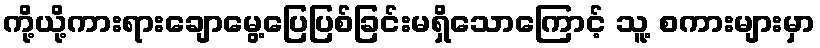
ကို့ယို့ကားရားချောမွေ့ပြေပြစ်ခြင်းမရှိသောကြောင့် သူ့ စကားများမှာ